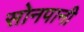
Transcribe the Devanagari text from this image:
सोनपानी